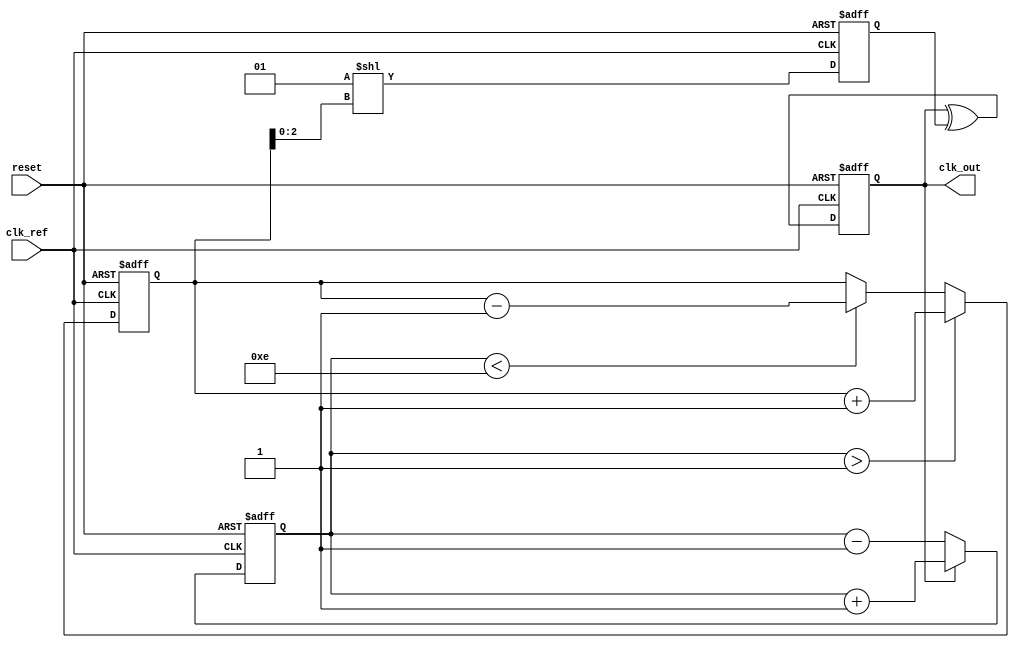
module DLL (
    input wire clk_ref,               // Reference clock input
    input wire reset,                 // Reset signal
    output reg clk_out                // Output clock
);

    // Parameters for delay line
    parameter NUM_DELAY_ELEMENTS = 8; // Number of delay elements
    parameter DELAY_UNIT = 1;          // Delay unit time (can be adjusted)

    // Internal signals
    reg [NUM_DELAY_ELEMENTS-1:0] delay_enable; // Delay element enable signals
    reg [NUM_DELAY_ELEMENTS-1:0] delay_memory;  // Memory to store delay values
    reg [3:0] phase_error;              // Phase error signal
    reg [3:0] control_signal;            // Control signal for delay adjustment
    reg [3:0] state;                     // State for control logic

    // Phase Detector (PD)
    always @(posedge clk_ref or posedge reset) begin
        if (reset) begin
            phase_error <= 4'b0;
        end else begin
            // Simple phase detection logic (could be more complex)
            if (clk_out) begin
                phase_error <= phase_error + 1; // Increment on output clock edge
            end else begin
                phase_error <= phase_error - 1; // Decrement on output clock edge
            end
        end
    end

    // Control Logic
    always @(posedge clk_ref or posedge reset) begin
        if (reset) begin
            control_signal <= 4'b0;
            state <= 4'b0;
        end else begin
            // Control logic for adjusting delay based on phase error
            if (phase_error > 4'b0001) begin
                // Delay output clock
                control_signal <= control_signal + 1;
                state <= 4'b01; // State indicating delay adjustment
            end else if (phase_error < 4'b1110) begin
                // Advance output clock
                control_signal <= control_signal - 1;
                state <= 4'b10; // State indicating advance adjustment
            end else begin
                state <= 4'b00; // Locked state
            end
        end
    end

    // Delay Line
    always @(posedge clk_ref or posedge reset) begin
        if (reset) begin
            delay_enable <= 8'b00000000; // Initialize all delay elements to disabled
        end else begin
            // Update delay enable signals based on control signal
            delay_enable <= (1 << control_signal[2:0]); // Enable corresponding delay element
        end
    end

    // Generate Output Clock
    always @(posedge clk_ref or posedge reset) begin
        if (reset) begin
            clk_out <= 1'b0;
        end else begin
            // Clock generation with delay
            clk_out <= #DELAY_UNIT clk_out ^ delay_enable[0]; // XOR with enabled delay
        end
    end

endmodule